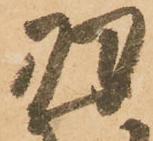
羽